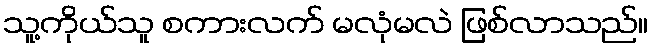
သူ့ကိုယ်သူ စကားလက် မလုံမလဲ ဖြစ်လာသည်။